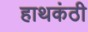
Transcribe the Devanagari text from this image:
हाथकंठी